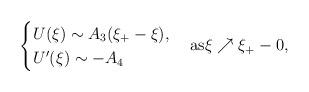
LaTeX: \begin{align*}\begin{cases}U(\xi) \sim A_{3}(\xi_{+}-\xi),\\U'(\xi) \sim -A_{4}\end{cases}{\rm{as}} \xi \nearrow \xi_{+}-0,\end{align*}